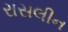
રાસલીન